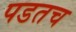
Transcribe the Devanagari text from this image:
पडतच